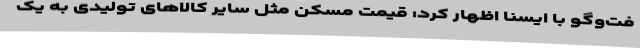
فت‌وگو با ایسنا اظهار کرد: قیمت مسکن مثل سایر کالاهای تولیدی به یک